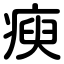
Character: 瘐